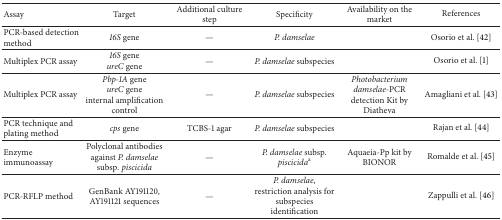
| Assay | Target | Additional culture step | Specificity | Availability on the market | References |
 | --- | --- | --- | --- | --- | --- |
 | PCR-based detection method | 16S gene | — | P. damselae |  | Osorio et al. [42] |
 | Multiplex PCR assay | 16S geneureC gene | — | P. damselae subspecies |  | Osorio et al. [1] |
 | Multiplex PCR assay | Pbp-1A geneureC geneinternal amplification control | — | P. damselae subspecies | Photobacterium damselae-PCR detection Kit by Diatheva | Amagliani et al. [43] |
 | PCR technique and plating method | cps gene | TCBS-1 agar | P. damselae subspecies |  | Rajan et al. [44] |
 | Enzyme immunoassay | Polyclonal antibodies against P. damselae subsp. piscicida | — | P. damselae subsp. piscicidaa | Aquaeia-Pp kit by BIONOR | Romalde et al. [45] |
 | PCR-RFLP method | GenBank AY191120, AY191121 sequences | — | P. damselae, restriction analysis for subspecies identification |  | Zappulli et al. [46] |